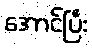
အောင်ပြီး